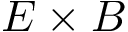
E \times B